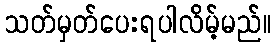
သတ်မှတ်ပေးရပါလိမ့်မည်။